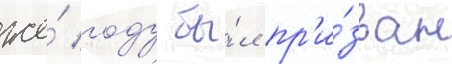
же́ году бы́л пр'и́зван